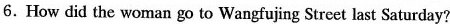
6.How did the woman go to Wangfujing Street last Saturday?